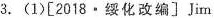
3.(1)[2018·绥化改编〕Jim